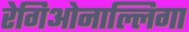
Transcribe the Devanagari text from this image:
रेगिओनाल्लिगा